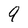
Character: 9